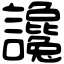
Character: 讒